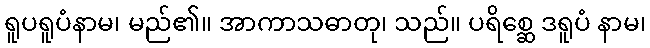
ရူပရူပံနာမ၊ မည်၏။ အာကာသဓာတု၊ သည်။ ပရိစ္ဆေ ဒရူပံ နာမ၊